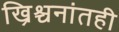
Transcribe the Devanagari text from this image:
ख्रिश्चनांतही